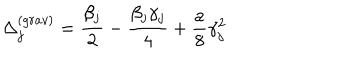
\Delta _ { j } ^ { ( g r a v ) } = \frac { \beta _ { j } } { 2 } - \frac { \beta _ { j } \gamma _ { j } } { 4 } + \frac { a } { 8 } \gamma _ { j } ^ { 2 }